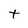
Character: t